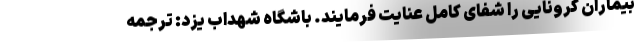
بیماران کرونایی را شفای کامل عنایت فرمایند. باشگاه شهداب یزد: ترجمه